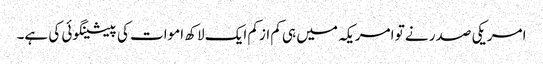
امریکی صدر نے تو امریکہ میں ہی کم ازکم ایک لاکھ اموات کی پیشینگوئی کی ہے۔